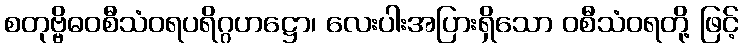
စတုဗ္ဗိဓဝစီသံဝရပရိဂ္ဂဟဋ္ဌော၊ လေးပါးအပြားရှိသော ဝစီသံဝရတို့ ဖြင့်